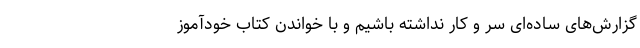
گزارش‌های ساده‌ای سر و کار نداشته باشیم و با خواندن کتاب خودآموز